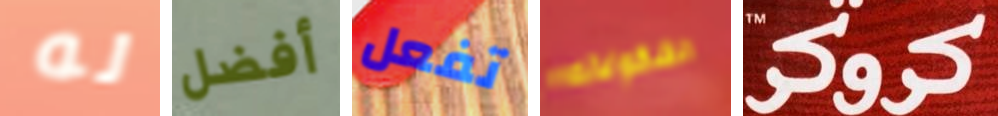
له أفضل تفعل الشكولاته كروكر